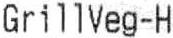
GRILLVEG-H